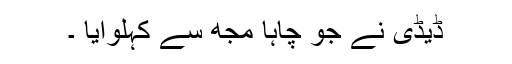
ڈیڈی نے جو چاہا مجھ سے کہلوایا ۔